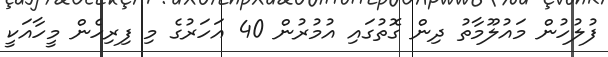
ފުލުހުން މައުލޫމާތު ދިން ގޮތުގައި އުމުރުން 40 އަހަރުގެ މި ފިރިހެން މީހާއަކީ